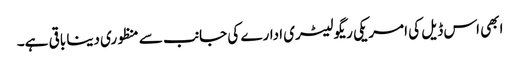
ابھی اس ڈیل کی امریکی ریگولیٹری ادارے کی جانب سے منظوری دینا باقی ہے۔